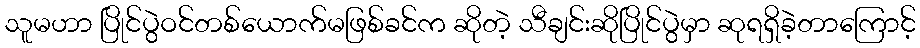
သူမဟာ ပြိုင်ပွဲဝင်တစ်ယောက်မဖြစ်ခင်က ဆိုတဲ့ သီချင်းဆိုပြိုင်ပွဲမှာ ဆုရရှိခဲ့တာကြောင့်